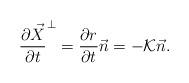
LaTeX: \begin{align*}\frac{\partial \vec{X}}{\partial t}^\perp=\frac{\partial r}{\partial t}\vec{n}=-{\cal K}\vec{n}.\end{align*}